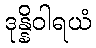
ဒုန္နိဝါရယံ